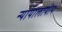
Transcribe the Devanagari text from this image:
न्यायालायीय